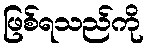
ဖြစ်ရသည်ကို